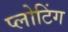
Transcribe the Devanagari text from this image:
प्लोटिंग